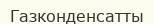
Газконденсатты